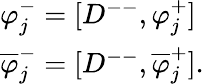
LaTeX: \begin{array}{lcr}{{\varphi_{j}^{-}=[D^{--},\varphi_{j}^{+}]}}\\ {{\overline{{{\varphi}}}_{j}^{-}=[D^{--},\overline{{{\varphi}}}_{j}^{+}].}}\end{array}